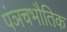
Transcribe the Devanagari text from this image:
पंञचभौतिक